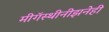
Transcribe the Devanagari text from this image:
मीगॅस्थीनीझनेही